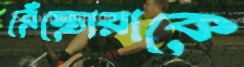
রেঁস্তোরাকে